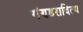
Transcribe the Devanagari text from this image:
गंण्डरादित्य